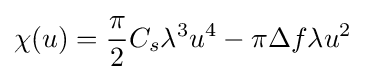
\chi (u)={\frac {\pi }{2}}C_{s}\lambda ^{3}u^{4}-\pi \Delta f\lambda u^{2}